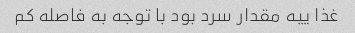
غذا ییه مقدار سرد بود با توجه به فاصله کم